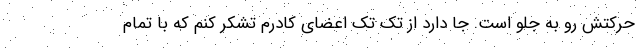
حرکتش رو به جلو است. جا دارد از تک تک اعضای کادرم تشکر کنم که با تمام